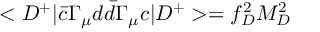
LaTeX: < D ^ { + } \vert \bar { c } \Gamma _ { \mu } d \bar { d } \Gamma _ { \mu } c \vert D ^ { + } > = f _ { D } ^ { 2 } M _ { D } ^ { 2 }